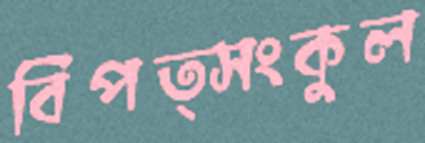
বিপত্সংকুল